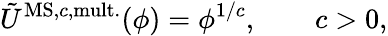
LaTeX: \tilde{U}^{\mathrm{MS,}c\mathrm{,mult.}}(\phi)=\phi^{1/c},\qquad c>0,